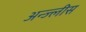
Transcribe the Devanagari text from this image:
अन्ज्लीस